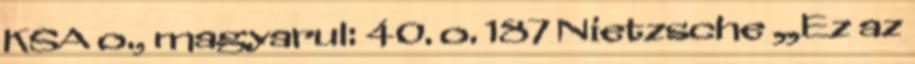
KSA o., magyarul: 40. o. 187 Nietzsche „Ez az